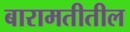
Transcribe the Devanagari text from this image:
बारामतीतील